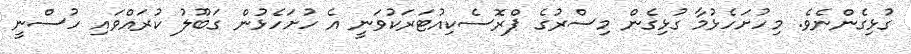
ގުޅިގެންނެވެ. މިހުށަހެޅުމާ ގުޅިގެން މިސްރުގެ ޕްރޮސެކިއުޓަރަކުވަނީ އެ ހުށަހެޅުން ގަބޫލު ކުރައްވައި ހުސްނީ